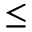
\leq